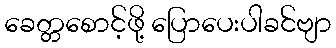
ခေတ္တစောင့်ဖို့ ပြောပေးပါခင်ဗျာ